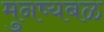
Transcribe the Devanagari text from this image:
मुनष्यबळ